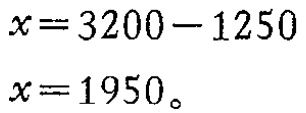
\[

\begin{align*}

x&=3200 - 1250\\

x&=1950。

\end{align*}

\]